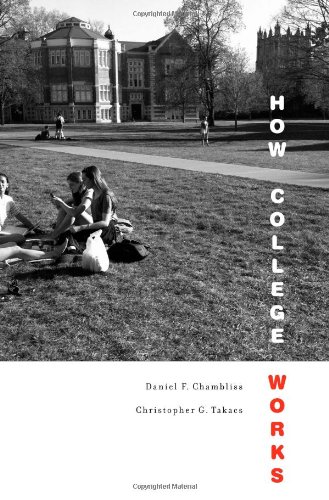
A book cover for How College Works; Daniel F. Chambliss; Education & Teaching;